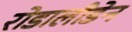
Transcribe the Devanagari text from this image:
रोडालीडेन